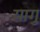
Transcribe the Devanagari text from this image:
यागु